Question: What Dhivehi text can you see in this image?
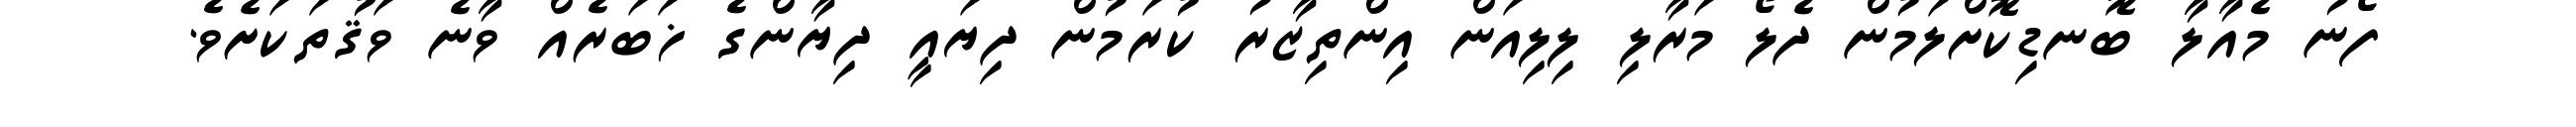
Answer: ފޯނު މެއާލާ ބޮނޑިކޮށްލަމުން ދެލޯ މަރާލި ލިލިއަން އިންތިޒާރު ކުރަމުން ދިޔައީ ދިޔާންގެ ޚަބަރެއް ވާނެ ވަޤުތަކަށެވެ.